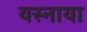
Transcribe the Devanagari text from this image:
यस्नाया